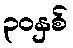
၃၀နှစ်